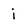
Character: i